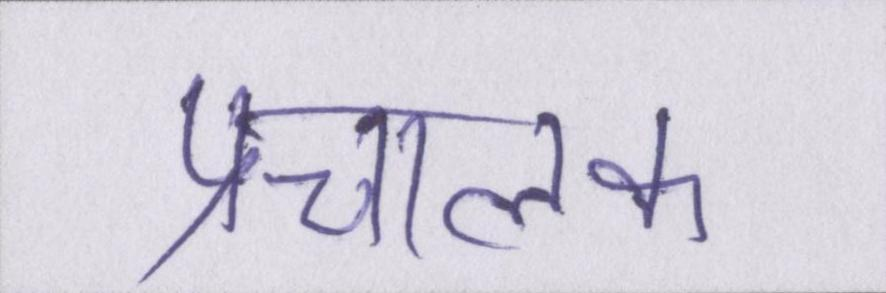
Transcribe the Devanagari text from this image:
प्रचालक